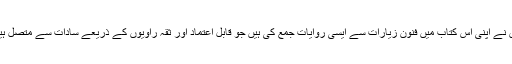
میں نے اپنی اس کتاب میں فنون زیارات سے ایسی روایات جمع کی ہیں جو قابل اعتماد اور ثقہ راویوں کے ذریعے سادات سے متصل ہیں ۔